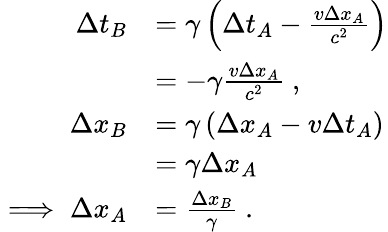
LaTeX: \begin{array}{rl}{\Delta t_{B}}&{=\gamma\left(\Delta t_{A}-\frac{v\Delta x_{A}}{c^{2}}\right)}\\ &{=-\gamma\frac{v\Delta x_{A}}{c^{2}}~,}\\ {\Delta x_{B}}&{=\gamma\left(\Delta x_{A}-v\Delta t_{A}\right)}\\ &{=\gamma\Delta x_{A}}\\ {\implies\Delta x_{A}}&{=\frac{\Delta x_{B}}{\gamma}~.}\end{array}